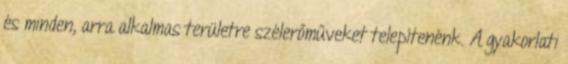
és minden, arra alkalmas területre szélerőműveket telepítenénk. A gyakorlati